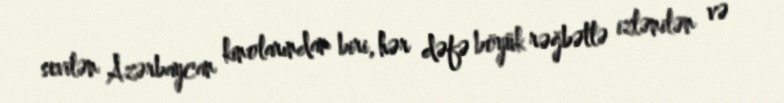
sevilən Azərbaycan kinolarından biri, hər dəfə böyük rəğbətlə izlənilən və